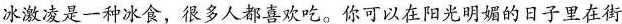
冰激凌是一种冰食,很多人都喜欢吃.你可以在阳光明媚的日子里在街